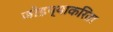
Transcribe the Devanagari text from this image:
जोडप्याकरिता